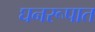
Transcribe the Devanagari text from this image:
घनरूपात